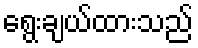
ရွေးချယ်ထားသည်